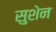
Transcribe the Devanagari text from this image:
सुशेन